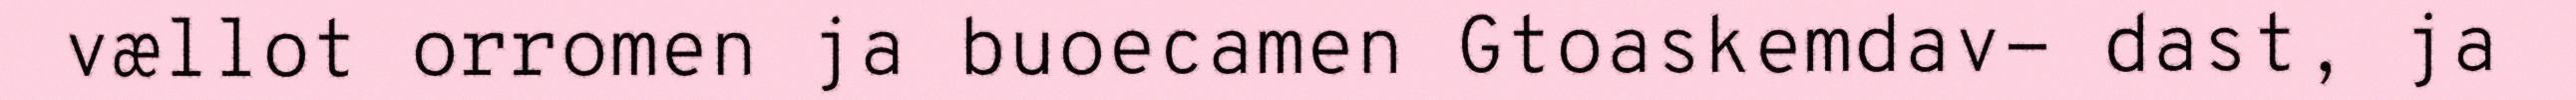
vællot orromen ja buoecamen Gtoaskemdav- dast, ja